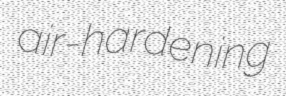
air-hardening